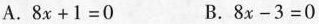
A.$$8 x + 1 = 0$$ B.$$8 x - 3 = 0$$